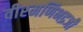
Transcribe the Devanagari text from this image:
वीरमणिभद्रजी